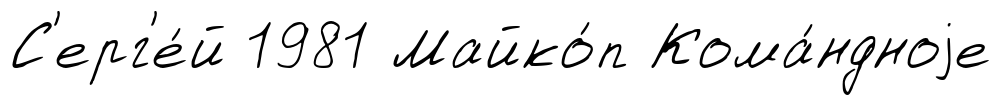
С'ерг'е́й 1981 Майко́п Кома́ндноjе